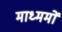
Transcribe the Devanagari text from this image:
माध्ममों